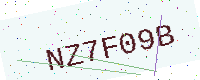
Text: NZ7F09B